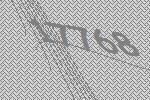
17768